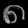
Digit: ၈